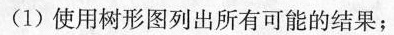
(1)使用树形图列出所有可能的结果；